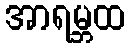
အာရမ္ဘထ